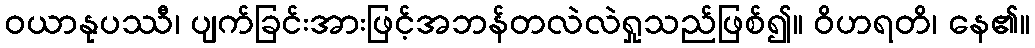
ဝယာနုပဿီ၊ ပျက်ခြင်းအားဖြင့်အဘန်တလဲလဲရှုသည်ဖြစ်၍။ ဝိဟရတိ၊ နေ၏။